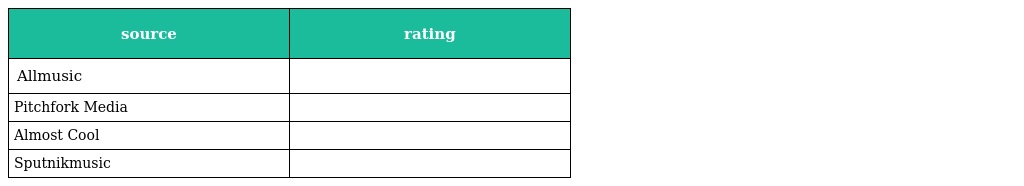
| source | rating |
 | --- | --- |
 | Allmusic |  |
 | Pitchfork Media |  |
 | Almost Cool |  |
 | Sputnikmusic |  |